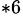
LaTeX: ^{*6}